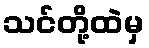
သင်တို့ထဲမှ